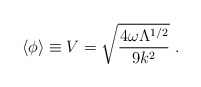
\begin{align*}\langle\phi\rangle \equiv V = \sqrt{\frac{4\omega\Lambda^{1/2}}{9k^{2}}} ~.\end{align*}